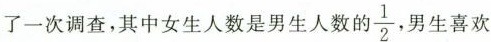
了一次调查，其中女生人数是男生人数的 \frac{1}{2} ，男生喜欢